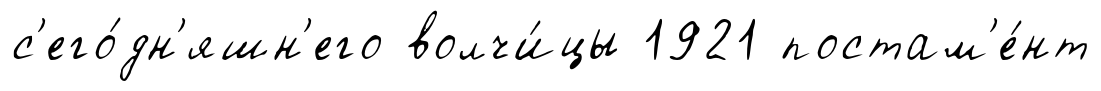
с'его́дн'яшн'его волчи́цы 1921 постам'е́нт